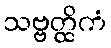
သဗ္ဗတ္ထိကံ